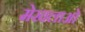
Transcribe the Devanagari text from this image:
मेखलाओं